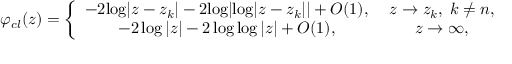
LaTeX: \varphi _ { c l } ( z ) = \left\{ \begin{array} { c c } { { - 2 { \log } | z - z _ { k } | - 2 { \log } | { \log } | z - z _ { k } | | + { \cal O } ( 1 ) , \; } } & { { z \to z _ { k } , \; k \ne n , } } \\ { { - 2 \log | z | - 2 \log \log | z | + { \cal O } ( 1 ) , \; } } & { { z \to \infty , } } \end{array} \right.